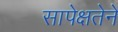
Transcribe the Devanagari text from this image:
सापेक्षतेने